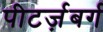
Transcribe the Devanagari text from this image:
पीटर्ज़बर्ग